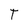
Character: T